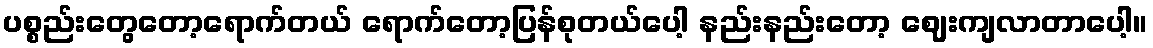
ပစ္စည်းတွေတော့ရောက်တယ် ရောက်တော့ပြန်စုတယ်ပေါ့ နည်းနည်းတော့ ဈေးကျလာတာပေါ့။